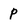
Character: p